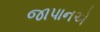
જાપાનએ